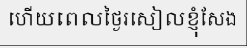
ហើយពេលថ្ងៃរសៀលខ្ញុំសែង